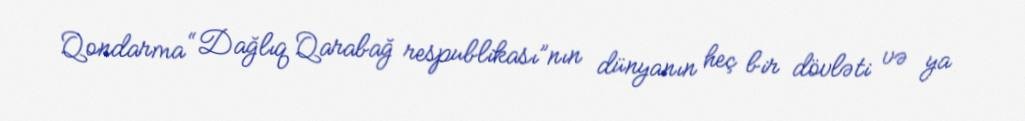
Qondarma “Dağlıq Qarabağ respublikası”nın dünyanın heç bir dövləti və ya